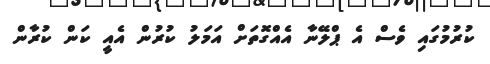
ކުރުމުގައި ވެސް އެ ޕްލޭނާ އެއްގޮތަށް އަމަލު ކުރުން އެއީ ކަން ކުރާން